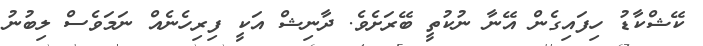
ކޭޝްކާޑު ހިފައިގެން އޭނާ ނުކުތީ ބޭރަށެވެ. ދާނިޝް އަކީ ފިރިހެނެއް ނަމަވެސް ލިބުނު